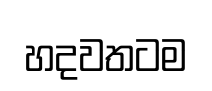
හදවතටම